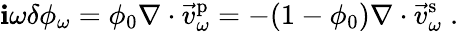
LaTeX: \mathbf{i}\omega\delta\phi_{\omega}=\phi_{0}\nabla\cdot\vec{{v}}_{\omega}^{\mathrm{{p}}}=-(1-\phi_{0})\nabla\cdot\vec{{v}}_{\omega}^{\mathrm{{s}}}\; .